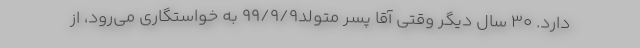
دارد. 30 سال دیگر وقتی آقا پسر متولد99/9/9 به خواستگاری می‌رود، از